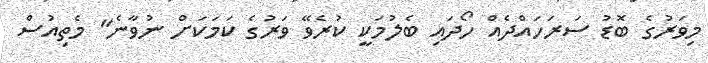
މިވަރުގެ ބޮޑު ސަރަހައްދެއް ހޯދައި ބެލުމަކީ ކުރެވޭ ވަރުގެ ކަމަކަށް ނުވާނެ" މެތިއުސް